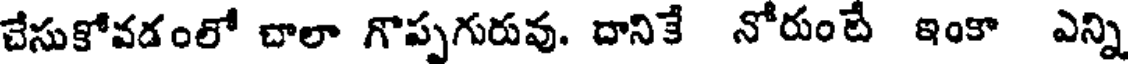
చేసుకోవడంలో చాలా గొప్పగురువు. దానికే నోరుంటే ఇంకా ఎన్ని